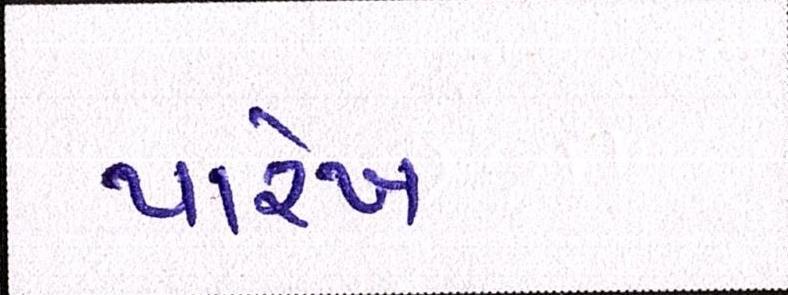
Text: પારેખ